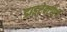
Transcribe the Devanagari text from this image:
डाइरेक्टोरी